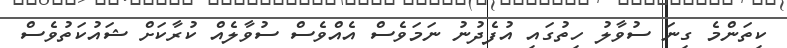
ކިތަންމެ ގިނަ ސުވާލު ހިތުގައި އުފެދުނު ނަމަވެސް އެއްވެސް ސުވާލެއް ކުރާކަށް ޝައުކަތުވެސް